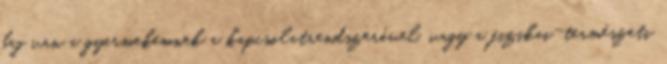
baj van a gyermekemnek a kapcsolatrendszerével, vagy a fizikai-természeti